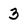
Character: 3